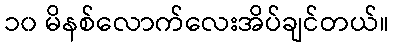
၁၀ မိနစ်လောက်လေးအိပ်ချင်တယ်။